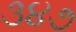
૩૪૭